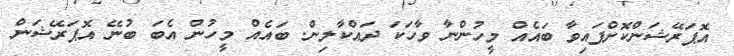
އޮޕަރޭޝަންކޮށްފައިވާ ބައެއް މީހުންނާ ވާހަކަ ދައްކާލިން. ބައެއް މީހުން އެބަ ބުނޭ އޮޕަރޭޝަން